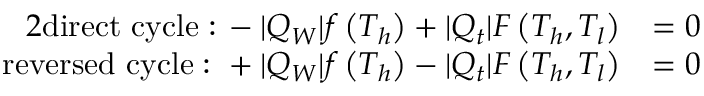
\begin{array} { r l } { { 2 } \mathrm { d i r e c t ~ c y c l e : } \, - | Q _ { W } | f \left( T _ { h } \right) + | Q _ { t } | F \left( T _ { h } , T _ { l } \right) } & { = 0 } \\ { \mathrm { r e v e r s e d ~ c y c l e : } \, \, + | Q _ { W } | f \left( T _ { h } \right) - | Q _ { t } | F \left( T _ { h } , T _ { l } \right) } & { = 0 } \end{array}